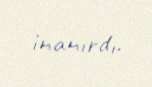
inanırdı.